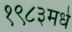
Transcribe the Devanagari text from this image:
१९८३मधे